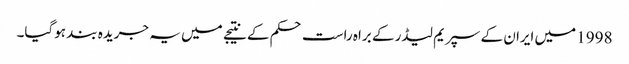
1998 میں ایران کے سپریم لیڈر کے براہ راست حکم کے نتیجے میں یہ جریدہ بند ہوگیا۔